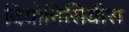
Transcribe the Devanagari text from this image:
दियोनिसियीस